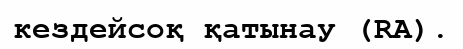
кездейсоқ қатынау (RA).